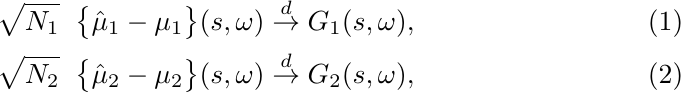
    \begin{align}
        \sqrt{N_1} \hspace{2mm} \big\{\hat{\mu}_1 - \mu_1 \big\}(s,\omega) \overset{d}\to G_1(s, \omega), \label{Eq:CLT_Group_Mean_1} \\
        \sqrt{N_2} \hspace{2mm} \big\{\hat{\mu}_2 - \mu_2 \big\}(s,\omega) \overset{d}\to G_2(s, \omega), \label{Eq:CLT_Group_Mean_2}
    \end{align}